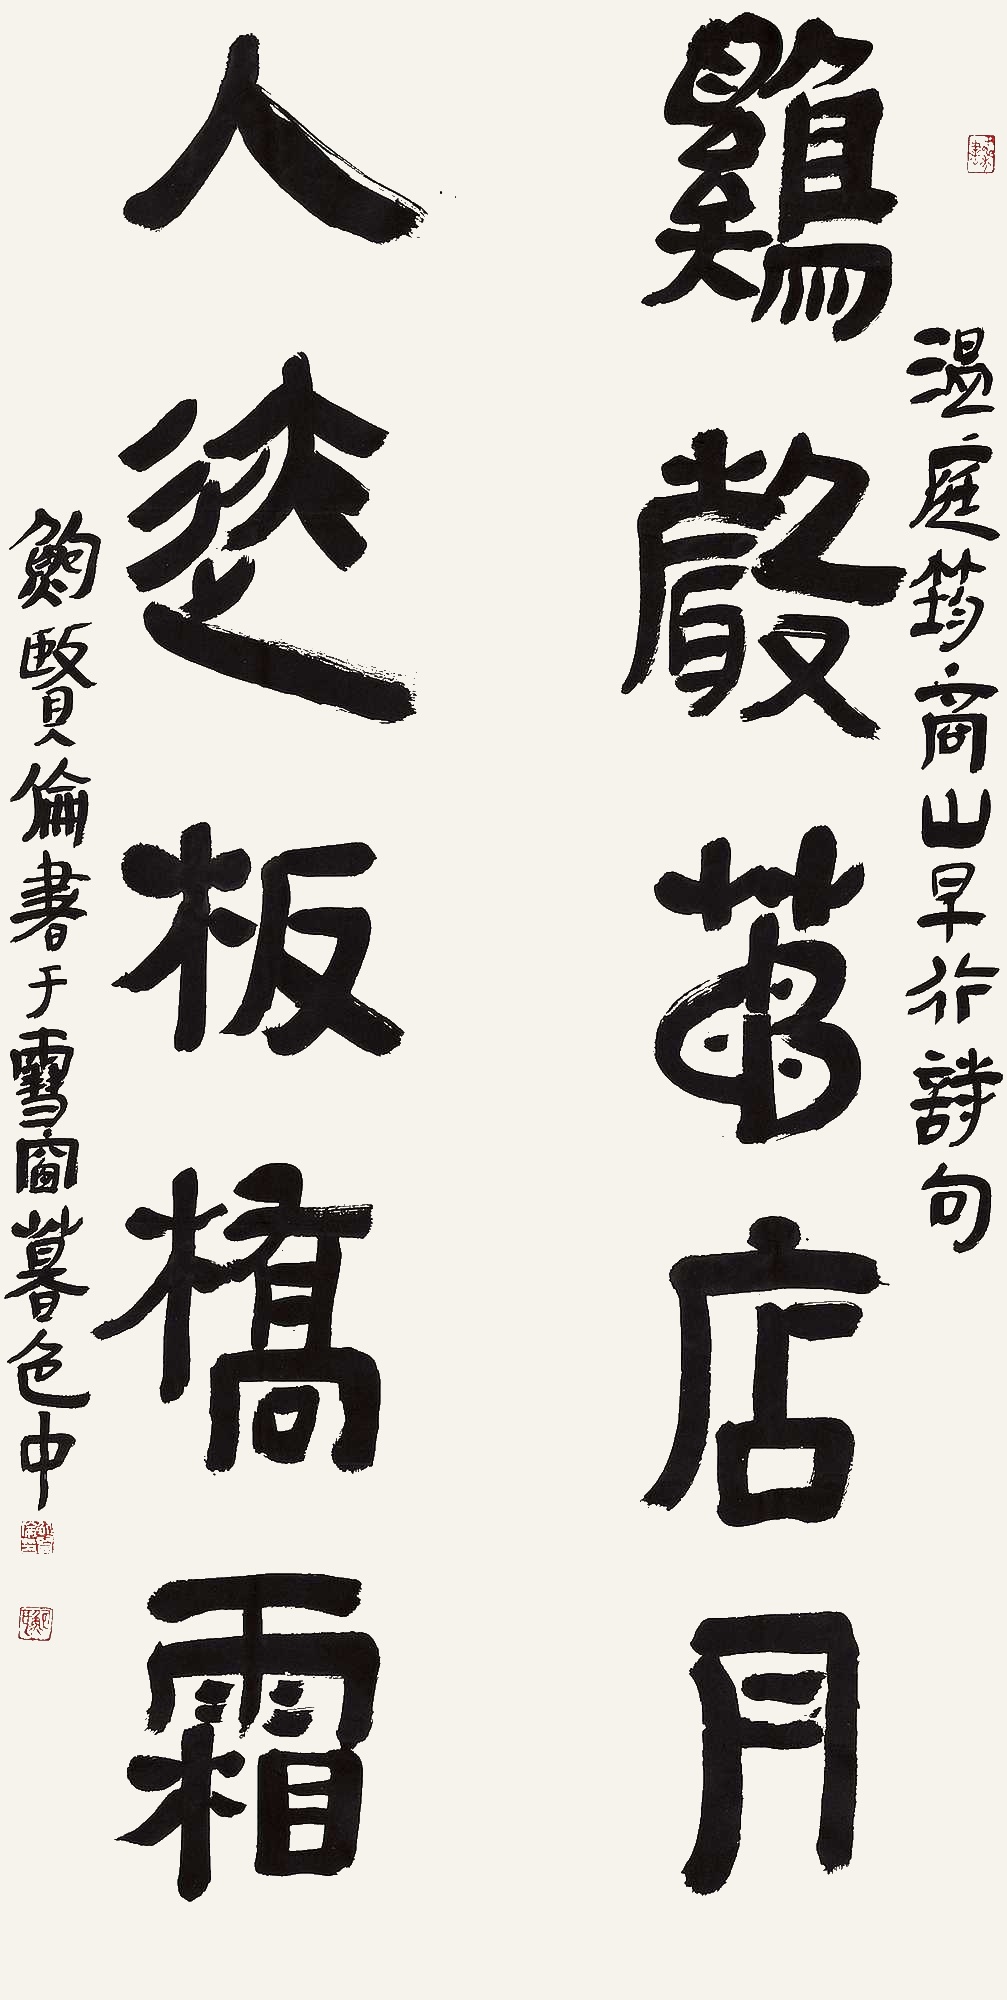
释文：鸡声茅店月人迹板桥霜温庭筠商山早行诗句鲍贤伦书于雪窗暮色中